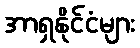
အာရှနိုင်ငံများ